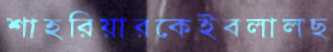
শাহরিয়ারকেইবলালছ